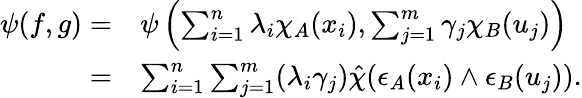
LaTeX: \begin{array}{rl}{\psi(f,g)=}&{\psi\left(\sum_{i=1}^{n}\lambda_{i}\chi_{A}(x_{i}),\sum_{j=1}^{m}\gamma_{j}\chi_{B}(u_{j})\right)}\\ {=}&{\sum_{i=1}^{n}\sum_{j=1}^{m}(\lambda_{i}\gamma_{j})\hat{\chi}(\epsilon_{A}(x_{i})\wedge\epsilon_{B}(u_{j})).}\end{array}